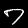
Label: 7